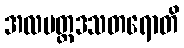
အလမတ္ထဒသတရောတိ